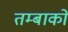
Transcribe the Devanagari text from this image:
तम्बाको